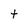
Character: t